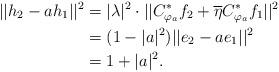
LaTeX: \begin{align*}||h_2-ah_1||^2&=|\lambda|^2\cdot||C_{\varphi_a}^*f_2+\overline{\eta}C_{\varphi_a}^*f_1||^2\\&=(1-|a|^2)||e_2-ae_1||^2\\&=1+|a|^2.\end{align*}